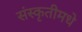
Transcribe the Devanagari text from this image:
संस्कृतीमधे